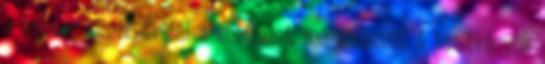
a hajóban alszik. Óriási a kontraszt, megdöbbentő. A tanítványok